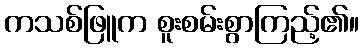
ကသစ်ဖြူက စူးစမ်းစွာကြည့်၏။